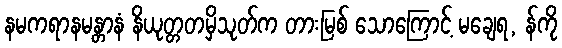
နမကရာနမန္တာနံ နိယုတ္တတမှိသုတ်က တားမြစ် သောကြောင့် မချေရ, န်ကို